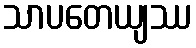
သာပတေယျဿ